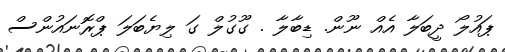
ޕައުލޯ ދީބަލާ އެއް ނޫން. ޑިބާލާ . ގޫގުލް ގަ ލިޔެބަލަ ޕްރޮނައުންސް